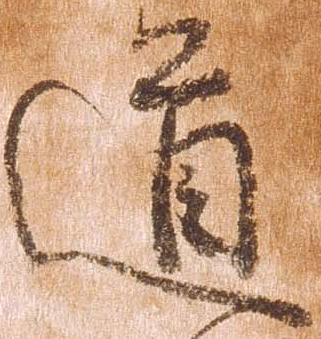
道